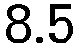
8.5